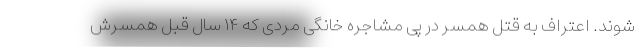
شوند. اعتراف به قتل همسر در پی مشاجره خانگی مردی که ۱۴ سال قبل همسرش